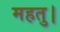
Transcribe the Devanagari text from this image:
महतु।